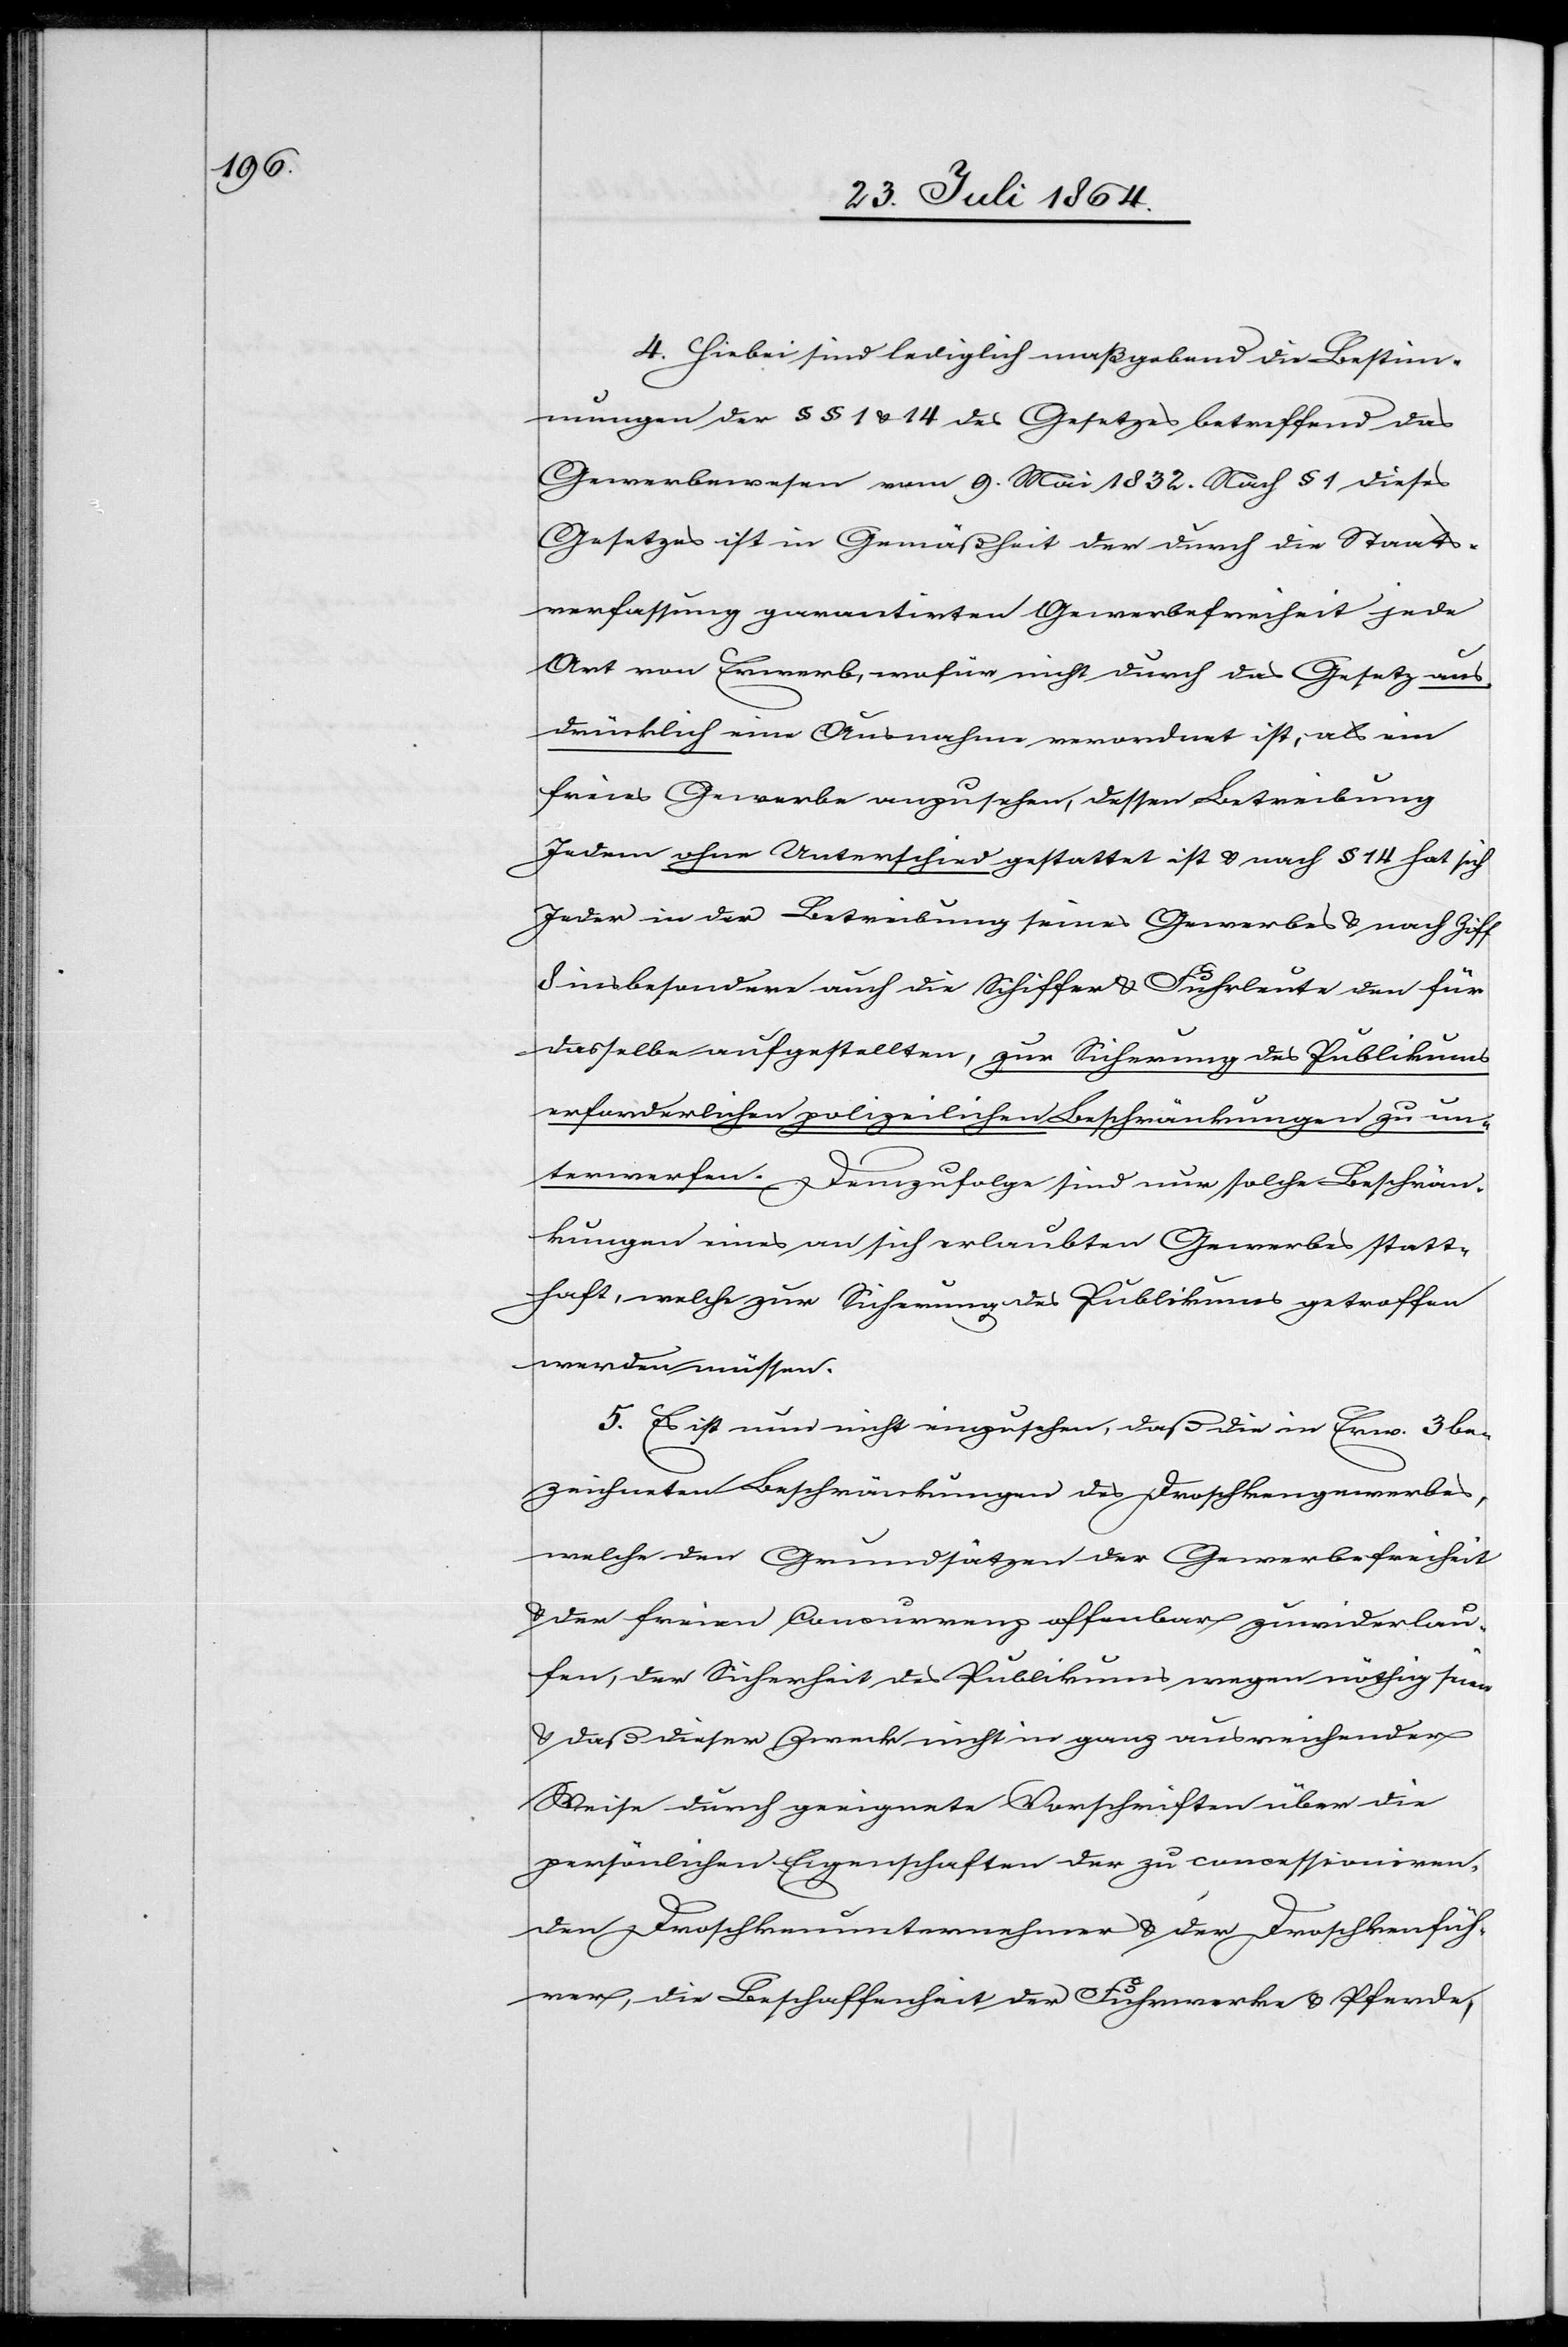
4. Hiebei sind lediglich maßgebend die Bestim¬
mungen der §§ 1 & 14 des Gesetzes betreffend das
Gewerbewesen vom 9. Mai 1832. Nach § 1 dieses
Gesetzes ist in Gemäßheit der durch die Staats¬
verfassung garantierten Gewerbefreiheiten jede
Art von Erwerb, wofür nicht durch das Gesetz aus¬
drücklich eine Ausnahme verordnet ist, als ein
freies Gewerbe anzusprechen, dessen Betreibung
Jedem ohne Unterschied gestattet ist & nach § 14 hat sich
Jeder in der Betreibung seines Gewerbes & nach Ziff.
8 insbesondere auch die Schiffer & Fuhrleute den für
dieselbe aufgestellten, zur Sicherung des Publikums
erforderlichen polizeilichen Beschränkungen zu un¬
terwerfen. Demzufolge sind nur solche Beschrän¬
kungen eines an sich erlaubten Gewerbes statt¬
haft, welche zur Sicherung des Publikums getroffen
werden müssen.
5. Es ist nun nicht einzusehen, daß die in Erw. 3 be¬
zeichneten Beschränkungen des Droschkengewerbes,
welche den Grundsätzen der Gewerbefreiheit
& der freien Concurrenz offenbar zuwiderlau¬
fen, der Sicherheit des Publikums wegen nöthig seien
& daß dieser Zweck nicht in ganz ausreichender
Weise durch geeignete Vorschriften über die
persönlichen Eigenschaften der zu concessioniren¬
den Droschkenunternehmer & der Droschkenfüh¬
rer, die Beschaffenheit der Fuhrwerke & Pferde,